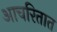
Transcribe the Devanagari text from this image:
आचरितात